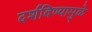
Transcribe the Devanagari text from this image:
दर्शविण्यामुळे